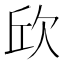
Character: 𣢥